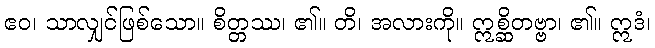
ဧဝ၊ သာလျှင်ဖြစ်သော။ စိတ္တဿ၊ ၏။ တိ၊ အလားကို။ ဣစ္ဆိတဗ္ဗာ၊ ၏။ ဣဒံ၊